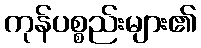
ကုန်ပစ္စည်းများ၏